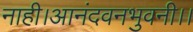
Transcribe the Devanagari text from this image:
नाही।आनंदवनभुवनी।।